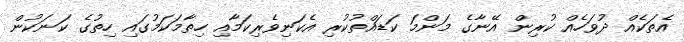
އެތަކެއް ދުވަހެއް ކުރިން އޭނާގެ މަންމަ ކަޑައްތުކުރި އެކަނިވެރިކަމާއި ހިތާމަކަމުގައި ހިތުގެ ކަނަކުން